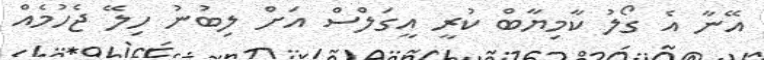
އޭނާ އެ ގޯލު ކާމިޔާބް ކުރީ އީގަލްސް އަށް ލިބުނު ހިލޭ ޖެހުމެއް